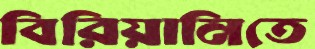
বিরিয়ানিতে